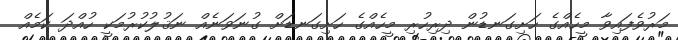
މަރުވެފައިވާ މީހެއްގެ ހަށިގަނޑުން ދިރިހުރި މީހެއްގެ ހަށިގަނޑަށް ގުނަވަނެއް ނަޤުލުކުރުމަކީ ހުއްދަ ކަމެއް